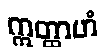
ဣတ္ထာဟံ